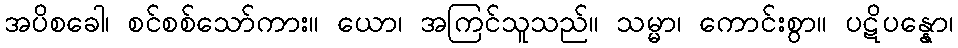
အပိစခေါ၊ စင်စစ်သော်ကား။ ယော၊ အကြင်သူသည်။ သမ္မာ၊ ကောင်းစွာ။ ပဋိပန္နော၊